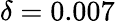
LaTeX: \delta=0.007